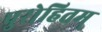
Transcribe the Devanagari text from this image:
पुरोहितम्